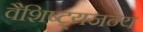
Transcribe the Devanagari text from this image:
वैशिष्ट्यजन्य